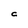
Character: C